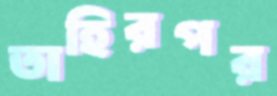
তাহিরপর